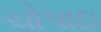
ચોપાઇ